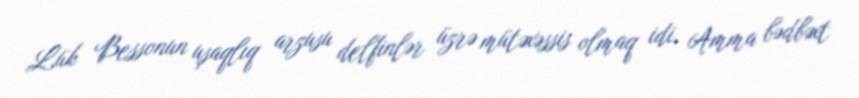
Lük Bessonun uşaqlıq arzusu delfinlər üzrə mütəxəssis olmaq idi. Amma bədbəxt